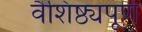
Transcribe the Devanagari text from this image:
वैशिष्ठ्यपूर्ण